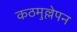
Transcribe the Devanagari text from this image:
कठमुल्लेपन